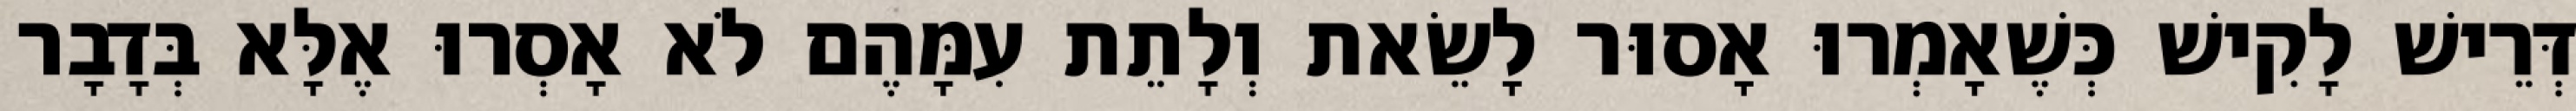
דְּרֵישׁ לָקִישׁ כְּשֶׁאָמְרוּ אָסוּר לָשֵׂאת וְלָתֵת עִמָּהֶם לֹא אָסְרוּ אֶלָּא בְּדָבָר